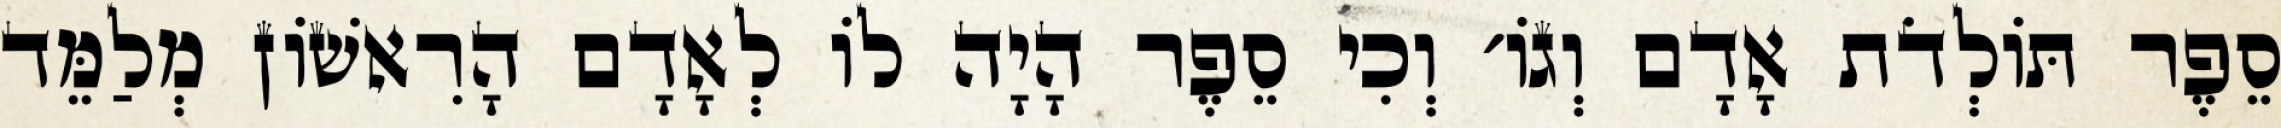
סֵפֶר תּוֹלְדֹת אָדָם וְגוֹ׳ וְכִי סֵפֶר הָיָה לוֹ לְאָדָם הָרִאשׁוֹן מְלַמֵּד